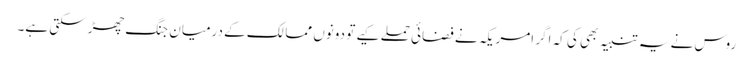
روس نے یہ تنبیہ بھی کی کہ اگر امریکہ نے فضائی حملے کیے تو دونوں ممالک کے درمیان جنگ چھڑ سکتی ہے۔